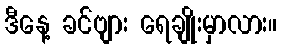
ဒီနေ့ ခင်ဗျား ရေချိုးမှာလား။